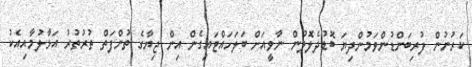
ކަރުނުން ފުރިބަންޑުންވަމުންދިޔަ ބޮޑުދެލޮލުން ނާވީއަށް ބަލަހައްޓައިގެން އިން ޖިޔާގެ ތުންފަތް ތުރުތުރު އަޅާލުމާއިއެކު